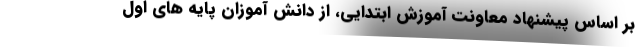
بر اساس پیشنهاد معاونت آموزش ابتدایی، از دانش آموزان پایه های اول